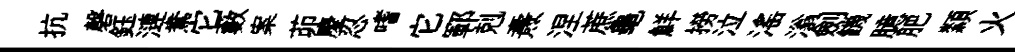
抗磬鈺漣鴦它藪案茆慶忍嗜它鄆剋燾涅蔗龜鮮撈泣滛滃劍饑臆肥纇火